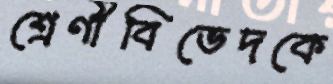
শ্রেণীবিভেদকে